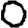
Digit: 0